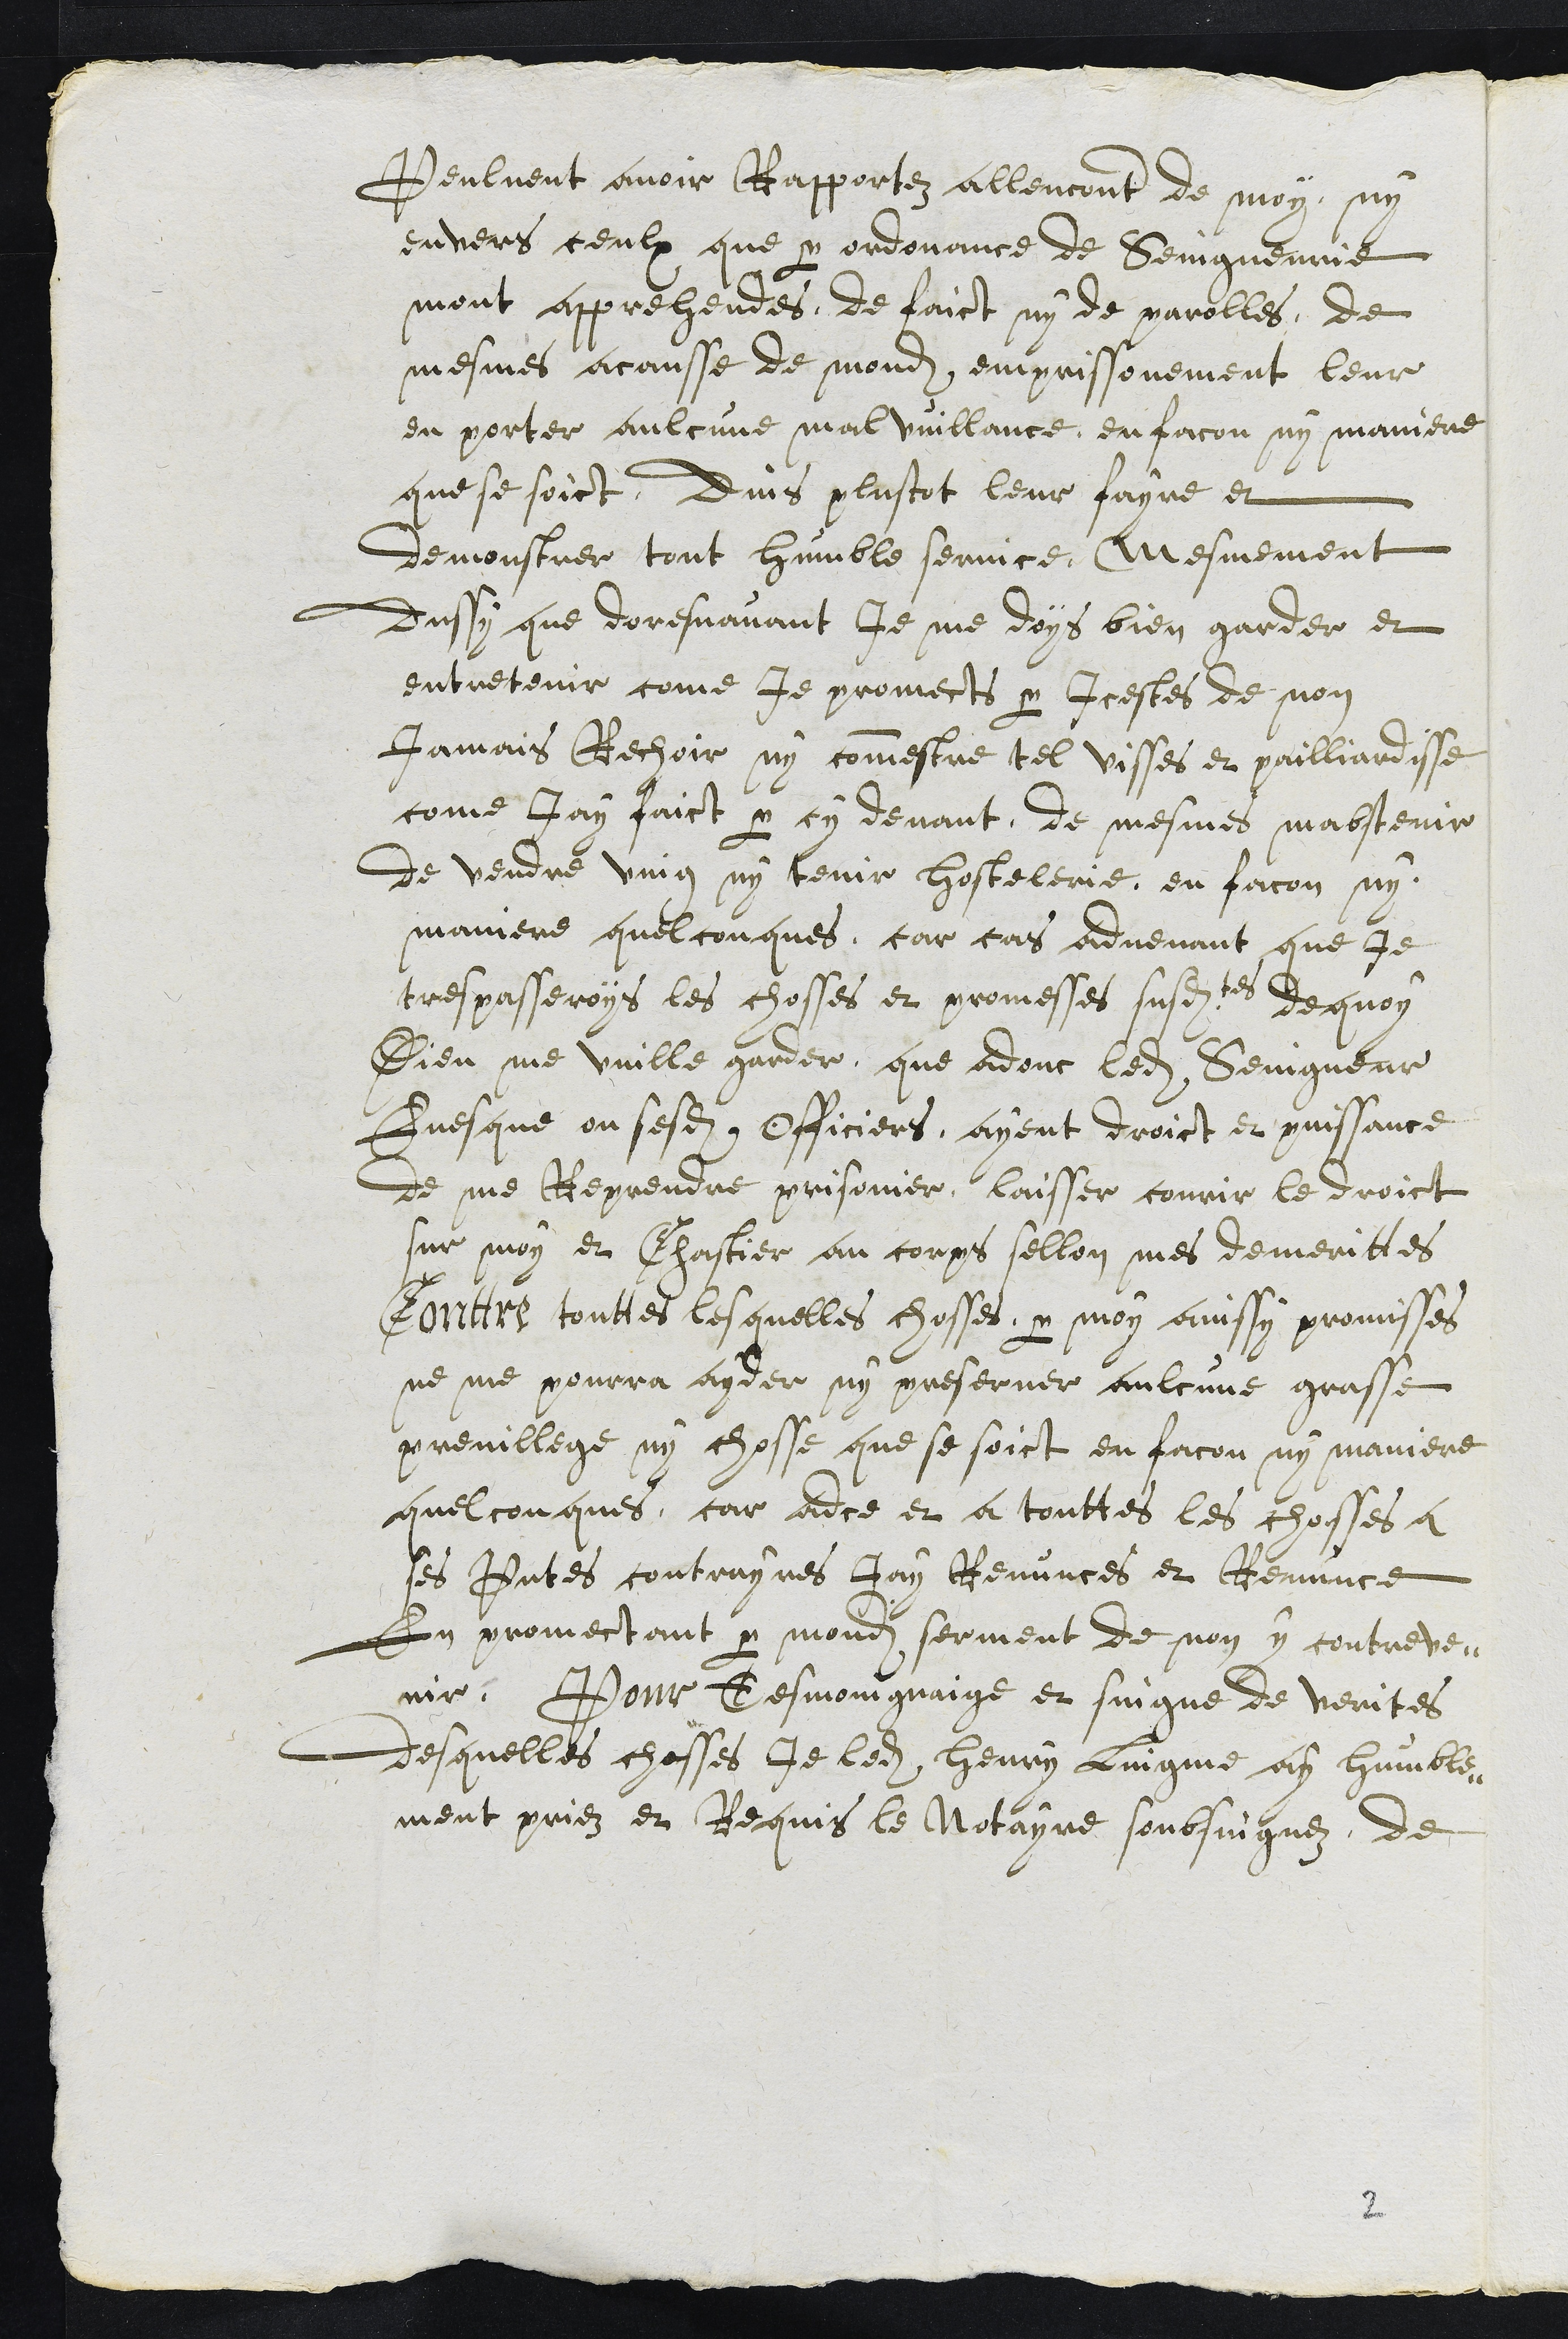
Peulvent avoir Rapportez allencontre de moy, ny
envers ceulx que par ordonnance de Seingneurie
mont apprehendes, de faict ny de parolles, de
mesmes acausse de mondit emprissonement leur
en porter aulcune mal vuillance en facon ny maniere
que se soict, Ains plustot leur fayre et
demonstrer tout humble service, Mesmement
Aussy que doresnavant Je me doys bien garder et
entretenir come je promects par icestes de non
jamais Rechoir ny commestre tel visses et pailliardisse
comme Jay faict par cy devant, de mesmes mabstenir
de vendre ving ny tenir hostellerie, en facon ny
maniere quelconques, car cas advenant que je
trespasseroys les chosses et promesses susdites de quoy
Dieu me vuille garder, que adonc ledit Seingneur
Evesque ou sesdits Officiers, ayent droict et puissance
de me Reprendre prisonnier, laisser courir le droict
sur moy et Chastier au corps sellon mes demerittes
Contre touttes lesquelles chosses par moy ainssy promisses
ne me pourra ayder ny preserver aulcune grasse
previllege ny chosse que se soict en facon ny maniere
quelconques, car adce et a touttes les chosses a
ses pntes contrayres Jay Renunces et Renunce
En promectant par mondit serment de non y contreve-
nir. Pour Tesmoingnage et singne de verites
desquelles chosses je ledit Henry Lingme ay humble-
ment priez et Requis le Notayre soubsingnez, de
2